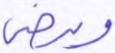
ويرضى